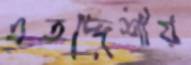
এতদ্দেশীয়